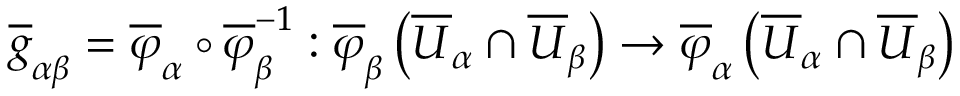
{ \overline { { g } } } _ { \alpha \beta } = { \overline { { \varphi } } } _ { \alpha } \circ { \overline { { \varphi } } } _ { \beta } ^ { - 1 } : { \overline { { \varphi } } } _ { \beta } \left( { \overline { { U } } } _ { \alpha } \cap { \overline { { U } } } _ { \beta } \right) \rightarrow { \overline { { \varphi } } } _ { \alpha } \left( { \overline { { U } } } _ { \alpha } \cap { \overline { { U } } } _ { \beta } \right)